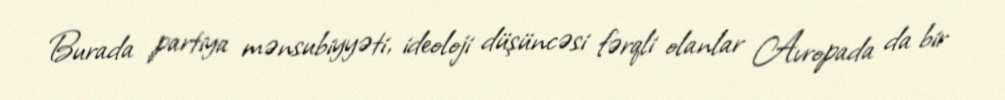
Burada partiya mənsubiyyəti, ideoloji düşüncəsi fərqli olanlar Avropada da bir